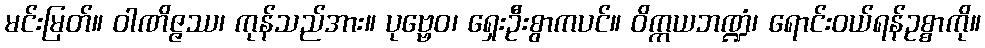
မင်းမြတ်။ ဝါဏိဇ္ဇဿ၊ ကုန်သည်အား။ ပုဗ္ဗေဝ၊ ရှေးဦးစွာကပင်။ ဝိက္ကယဘဏ္ဍံ၊ ရောင်းဝယ်ရန်ဥစ္စာကို။